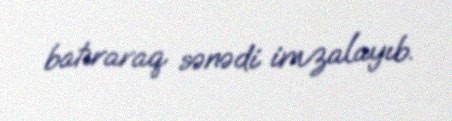
batıraraq sənədi imzalayıb.